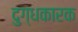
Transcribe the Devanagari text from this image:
दुग्धकारक